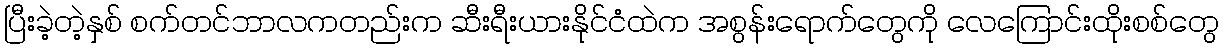
ပြီးခဲ့တဲ့နှစ် စက်တင်ဘာလကတည်းက ဆီးရီးယားနိုင်ငံထဲက အစွန်းရောက်တွေကို လေကြောင်းထိုးစစ်တွေ